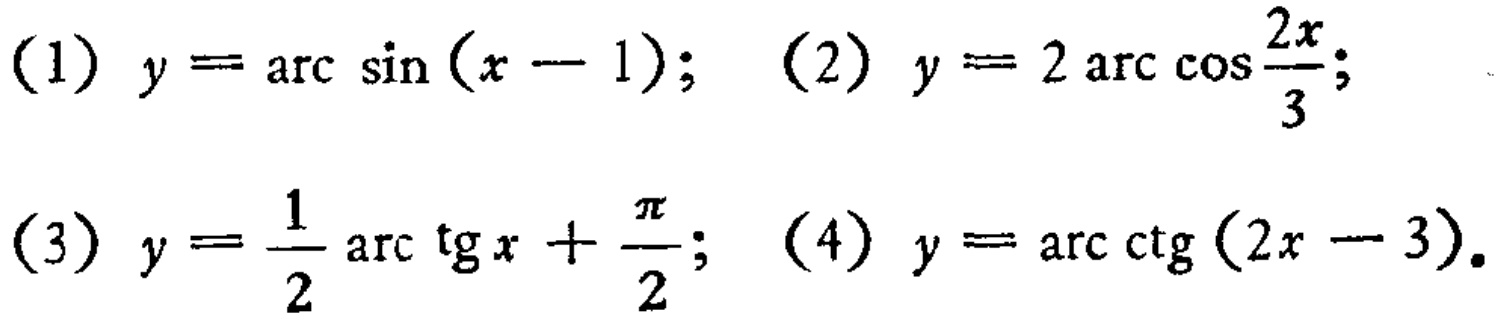
(1) \(y = \arcsin(x - 1)\); (2) \(y = 2\arccos\frac{2x}{3}\);
(3) \(y=\frac{1}{2}\arctan x+\frac{\pi}{2}\); (4) \(y = \text{arccot}(2x - 3)\).